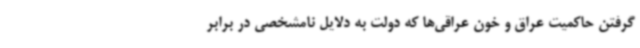
گرفتن حاکمیت عراق و خون عراقی‌ها که دولت به دلایل نامشخصی در برابر